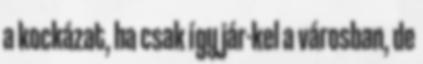
a kockázat, ha csak így jár-kel a városban, de